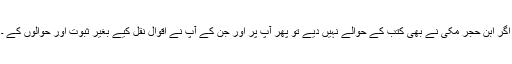
اگر ابن حجر مکی نے بھی کتب کے حوالے نہیں دیے تو پھر آپ پر اور جن کے آپ نے اقوال نقل کیے بغیر ثبوت اور حوالوں کے ۔